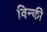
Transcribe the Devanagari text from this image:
विन्की